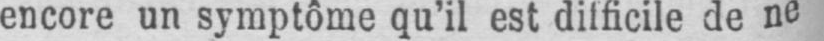
encore un symptôme qu’il est difficile de ne